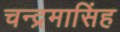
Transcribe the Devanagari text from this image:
चन्द्रमासिंह